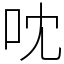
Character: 㕪